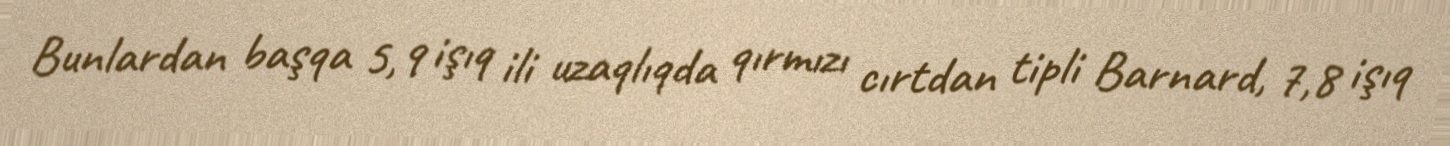
Bunlardan başqa 5,9 işıq ili uzaqlıqda qırmızı cırtdan tipli Barnard, 7,8 işıq